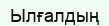
Ылғалдың